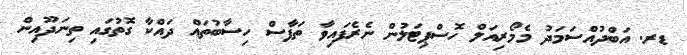
ޑރ. އަބްދުއްސަމަދު މެމޯރިއަލް ހޮސްޕިޓަލުން ނެރެފައިވާ ތަފާސް ހިސާބުތައް ދައްކާ ގޮތުގައި ތިނަދޫއިން